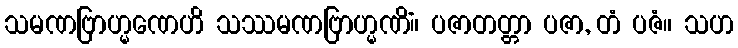
သမဏဗြာဟ္မဏေဟိ သဿမဏဗြာဟ္မဏိံ။ ပဇာတတ္တာ ပဇာ, တံ ပဇံ။ သဟ